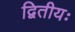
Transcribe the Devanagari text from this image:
द्वितीयः